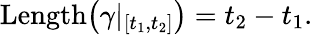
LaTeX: \operatorname{Length}\! \left(\gamma|_{[t_{1},t_{2}]}\right)=t_{2}-t_{1}.